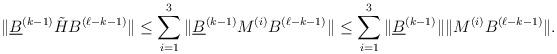
LaTeX: \begin{align*} \|\underline{B}^{(k-1)}\tilde{H} B^{(\ell-k-1)}\|\leq \sum_{i=1}^3 \|\underline{B}^{(k-1)}M^{(i)} B^{(\ell-k-1)}\|\leq \sum_{i=1}^3 \|\underline{B}^{(k-1)}\| \|M^{(i)} B^{(\ell-k-1)}\|.\end{align*}